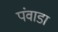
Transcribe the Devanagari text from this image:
पंवाडा